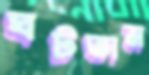
ঘটতাম